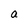
Character: a